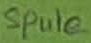
Text: Spule